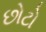
છોટો